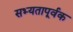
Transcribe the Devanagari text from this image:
सभ्यतापूर्वक